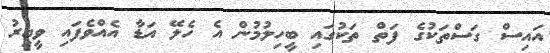
އައިސް ގަސްތަކުގެ ފަތް ތަކުގައި ބީހިލުމުން އެ ހެލޭ އަޑާ އެއްވެފައި ވީއިރު